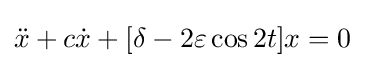
{\ddot {x}}+c{\dot {x}}+[\delta -2\varepsilon \cos {2t}]x=0